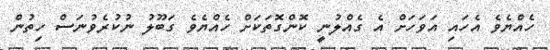
ހެއްޔެވެ އެހައި އަވަހަށް އެ ގެއްލުނީ ކޮންގޮތަކަށް ހެއްޔެވެ ގަބޫލު ނުކުރެވުނަސް ހިތުން